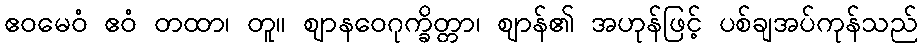
ဧဝမေဝံ ဧဝံ တထာ၊ တူ။ ဈာနဝေဂုက္ခိတ္တာ၊ ဈာန်၏ အဟုန်ဖြင့် ပစ်ချအပ်ကုန်သည်